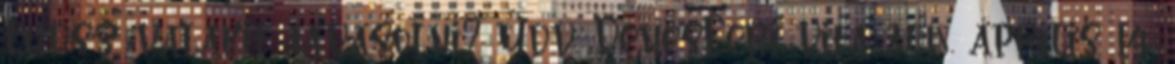
Tudsz valakit javasolni? Üdv. DenesFeri vita 2018. április 14.,